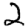
Digit: 2